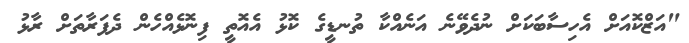
"އަޒްކޮއަށް އެހިސާބަކަށް ނުދެވޭނެ އަނެއްކާ ތުނޑީގެ ކޮޅު އެއޮތީ ފިނޮޅެއްހެން ދެފަރާތަށް ރާޅު